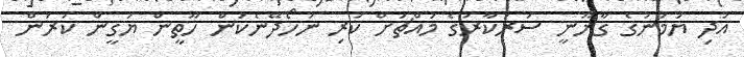
އަދި ޔަމަނުގެ ގާނޫނީ ސަރުކާރުގެ މައްޗަށް ކުރި ނުހޯދޭނެކަން ހޫތީން ޔަގީން ކުރަން